Lunatic asylums Madras 1892-1911 - 1892-1911
Year: 1892
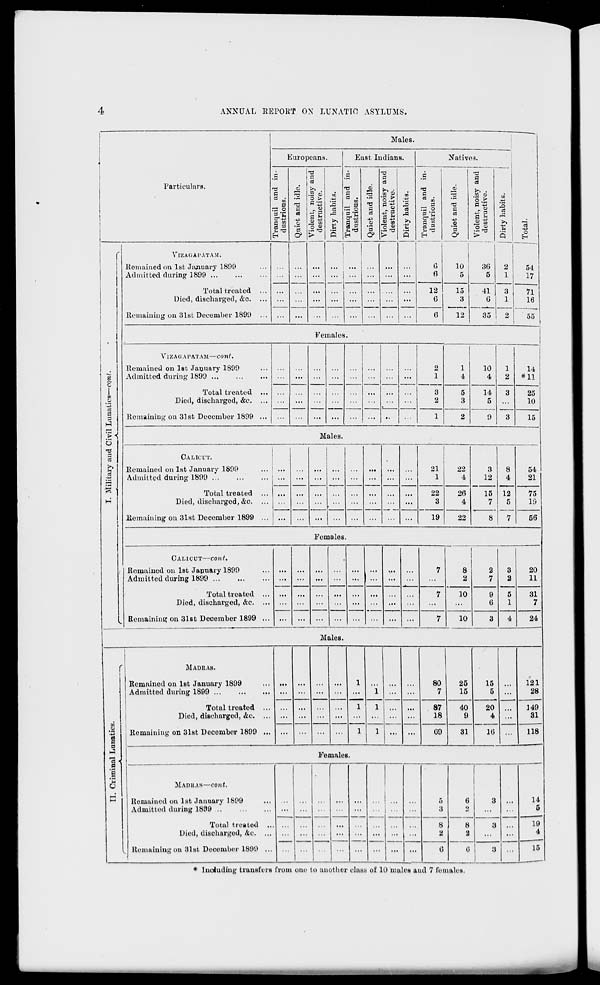
ANNUAL REPORT ON LUNATIC ASTLUMS.
o
C
.fcl
o
3
3
Particulars.
Males.
Europeans.
"" 03
S3
^3 O
A to
H
VlZAGAPATAM.
Remained on 1st Jsuiuary 1809
Admitted during 1899 ...
Total treated
Died, discharged, &c.
Remaining on 31st December 1890
'5
-2
a
,» OJ
.a
s
East Indians.
i
C.T3
o>
cu
>-, •
T3
CO O
'§.£
T3
d ■§
d
u
<3
*rg
+3
d 6
•H ^3
0)
'3
Natives.
5 a »
•3 °
EL'S
H £
TS
a
c«
<a
fc> .
CO 5)
'S.5
T3
0 -5
3
a N
3 -"
r-5 CO
CD
a
o o
•H r3
o>
>
Q
o
EH
12
6
C)
10 |
5
15
3
12
36
5
41
6
54
17
Females.
Viz Ac; A I'ATAM—cont.
Remained on 1st January 1800
Admitted during 1899
Total treated
Died, discharged, &c.
Remaining on 31st December 1809
10
4
14
5
Males.
71
16
55
14
*11
25
10
15
CALICUT.
Remained on 1st January 1809
Admitted during 1899
Total treated
Died, discharged, &c.
Remaining on 31st December 1899
...
...
... ... ... ... ...
21
1
22
4
3
12
8
4
...
...
... ...
...
22
26
15 12
1 •••
...
...
3
4
7
5
7
... ...
...
...
19
22
8
54
21
75
10
56
Females.
CALICUT—cont.
Remained on 1st Japuary 1890
Admitted during 1809
Total treated
Died, discharged, &c.
Remaining on 31st December 1899
7
8
2
3
... ...
r
...
2
7
2
5
7
10
9
... ...
...
... ... ... ... ...
...
...
6
1
...
... ... ...
... ... ... ...
7
10
3
4
20
11
31
7
24
Males.
to
Q
E
a
MADRAS.
Remained on 1st January 1899
Admitted during 1899
Total treated
Died, discharged, &c.
Remaining on 31st December 1899
...
...
...
...
...
...
...
1
80
25
15
...
1 ... ...
7
15
5 ...
1
1
...
87
40
20
1
... ...
...
18
9
4
...
I 1
69
31
16
121
28
149
31
118
Si
MADHAS—cont.
Remained on 1st January 1809
Admitted during 1899
Total treated
Died, discharged, &0.
Remaining on 31st December 1890
Females.
14
5
19
4
15
* Including transfers from one to another class of 10 males and 7 females.